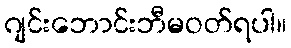
ဂျင်းဘောင်းဘီမဝတ်ရပါ။